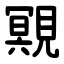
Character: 覭